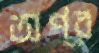
অপ্র